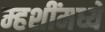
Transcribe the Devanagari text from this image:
म्हशींमध्ये